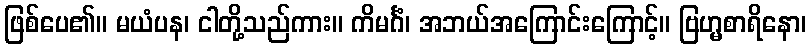
ဖြစ်ပေ၏။ မယံပန၊ ငါတို့သည်ကား။ ကိမင်္ဂံ၊ အဘယ်အကြောင်းကြောင့်။ ဗြဟ္မစာရိနော၊